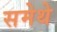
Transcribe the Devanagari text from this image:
समेथे